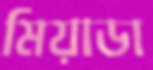
মিয়াডা